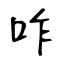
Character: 咋